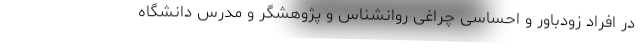
در افراد زودباور و احساسی چراغی روانشناس و پژوهشگر و مدرس دانشگاه